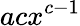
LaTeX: acx^{c-1}